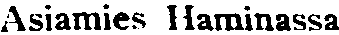
Asiamies Haminassa